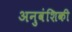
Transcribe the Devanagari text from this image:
अनुवंशिकी